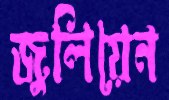
জুলিয়েন